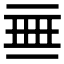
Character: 𬻜